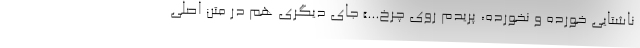
ناشتایی خورده و نخورده، پریدم روی چرخ...» جای دیگری هم در متن اصلی